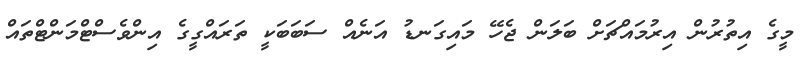
މީގެ އިތުރުން އިރުމައްޗަށް ބަލަން ޖެހޭ މައިގަނޑު އަނެއް ސަބަބަކީ ތަރައްގީގެ އިންވެސްޓްމަންޓްތައް